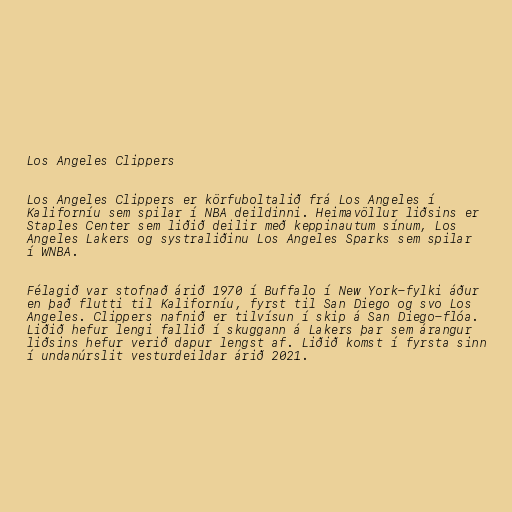
Los Angeles Clippers

Los Angeles Clippers er körfuboltalið frá Los Angeles í
Kaliforníu sem spilar í NBA deildinni. Heimavöllur liðsins er
Staples Center sem liðið deilir með keppinautum sínum, Los
Angeles Lakers og systraliðinu Los Angeles Sparks sem spilar
í WNBA.

Félagið var stofnað árið 1970 í Buffalo í New York-fylki áður
en það flutti til Kaliforníu, fyrst til San Diego og svo Los
Angeles. Clippers nafnið er tilvísun í skip á San Diego-flóa.
Liðið hefur lengi fallið í skuggann á Lakers þar sem árangur
liðsins hefur verið dapur lengst af. Liðið komst í fyrsta sinn
í undanúrslit vesturdeildar árið 2021.